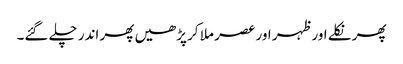
پھر نکلے اور ظہر اور عصر ملا کر پڑھیں پھر اندر چلے گئے۔